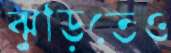
ঝুড়িতেও